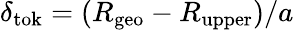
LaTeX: \delta_{\mathrm{tok}}=(R_{\mathrm{geo}}-R_{\mathrm{upper}})/a